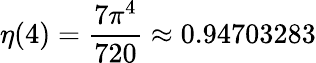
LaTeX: \eta(4)={\frac{7\pi^{4}}{720}}\approx 0.94703283